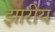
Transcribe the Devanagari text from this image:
झारीय